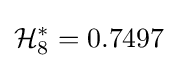
{\mathcal {H}}_{8}^{*}=0.7497